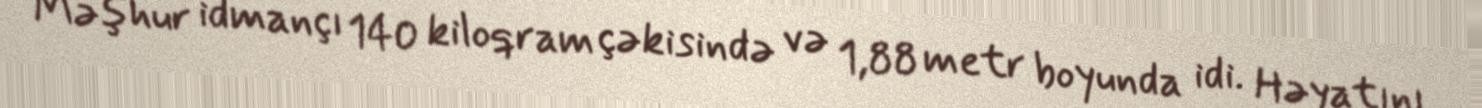
Məşhur idmançı 140 kiloqram çəkisində və 1,88 metr boyunda idi. Həyatını